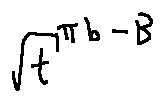
\sqrt { t } ^ { \pi b - B }